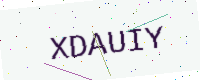
Text: XDAUIY